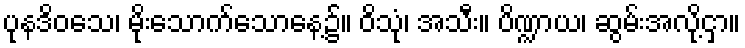
ပုနဒိဝသေ၊ မိုးသောက်သောနေ့၌။ ဝိသုံ၊ အသီး။ ပိဏ္ဍာယ၊ ဆွမ်းအလို့ငှာ။